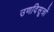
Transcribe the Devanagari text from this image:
उणदिसूत्रों